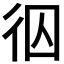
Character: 𭛢